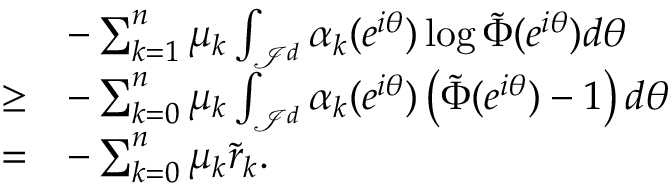
\begin{array} { r l } & { - \sum _ { k = 1 } ^ { n } \mu _ { k } \int _ { \mathcal { I } ^ { d } } \alpha _ { k } ( e ^ { i \boldsymbol { \theta } } ) \log \tilde { \Phi } ( e ^ { i \boldsymbol { \theta } } ) d \boldsymbol { \theta } } \\ { \geq } & { - \sum _ { k = 0 } ^ { n } \mu _ { k } \int _ { \mathcal { I } ^ { d } } \alpha _ { k } ( e ^ { i \boldsymbol { \theta } } ) \left( \tilde { \Phi } ( e ^ { i \boldsymbol { \theta } } ) - 1 \right) d \boldsymbol { \theta } } \\ { = } & { - \sum _ { k = 0 } ^ { n } \mu _ { k } \tilde { r } _ { k } . } \end{array}